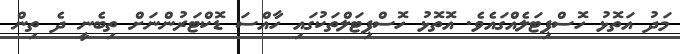
މަދު އަތޮޅު ހޮސްޕިޓަލެއްގައެވެ. އޮތޮޅު ހޮސްޕިޓަލްތަކުގައި ހާއްސަ ޑޮކްޓަރުންނަށް ތިބެނީ ދެ ތިން